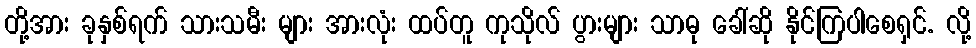
တို့အား ခုနှစ်ရက် သားသမီး များ အားလုံး ထပ်တူ ကုသိုလ် ပွားများ သာဓု ခေါ်ဆို နိုင်ကြပါစေရှင်. လို့